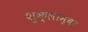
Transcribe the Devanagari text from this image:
शुक्लाम्बर